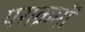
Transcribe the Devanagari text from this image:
पराक्रमों